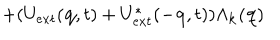
+ ( U _ { e x t } ( { \bf { q } } , t ) + U _ { e x t } ^ { * } ( - { \bf { q } } , t ) ) \Lambda _ { { \bf { k } } } ( { \bf { q } } )